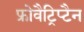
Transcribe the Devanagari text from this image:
फ्रोवैट्रिप्टैन